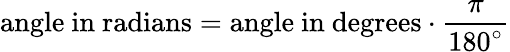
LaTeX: {\mathrm{angle~in~radians}}={\mathrm{angle~in~degrees}}\cdot{\frac{\pi}{180^{\circ}}}